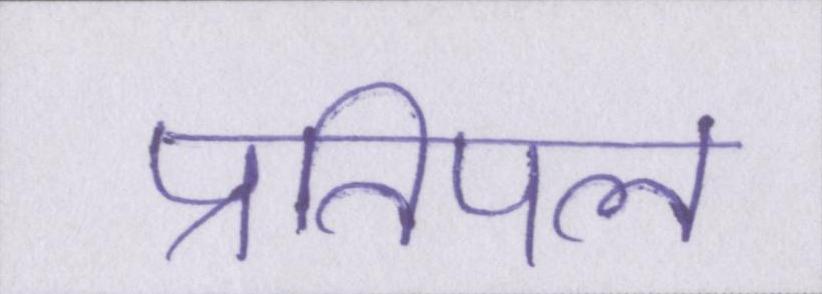
प्रतिपल